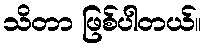
သိတာ ဖြစ်ပါတယ်။